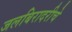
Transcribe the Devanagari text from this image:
जलबिरादरीचे